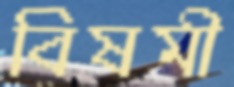
বিষমী